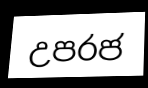
උපරජ